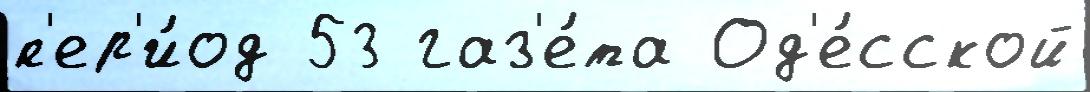
п'ер'и́од 53 газ'е́та Од'е́сской